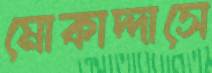
মোকাদ্দাসে